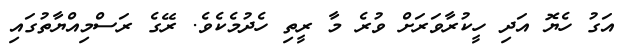
އަގު ހެޔޮ އަދި ހީކުރާވަރަށް ވުރެ މާ ރީތި ހެދުމެކެވެ. ރޭގެ ރަސްމިއްޔާތުގައި